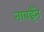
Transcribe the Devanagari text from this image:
ताबईने